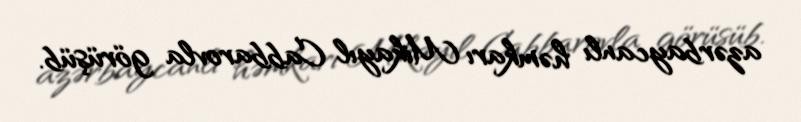
azərbaycanlı həmkarı Mikayıl Cabbarovla görüşüb.